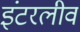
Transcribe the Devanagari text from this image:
इंटरलीव